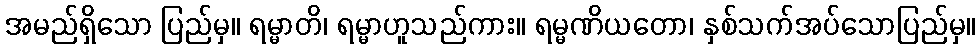
အမည်ရှိသော ပြည်မှ။ ရမ္မာတိ၊ ရမ္မာဟူသည်ကား။ ရမ္မဏိယတော၊ နှစ်သက်အပ်သောပြည်မှ။